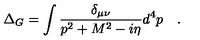
\Delta _ { G } = \int { \frac { \delta _ { \mu \nu } } { p ^ { 2 } + M ^ { 2 } - i \eta } } d ^ { 4 } p \quad .